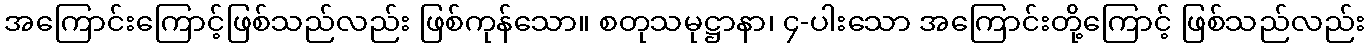
အကြောင်းကြောင့်ဖြစ်သည်လည်း ဖြစ်ကုန်သော။ စတုသမုဋ္ဌာနာ၊ ၄-ပါးသော အကြောင်းတို့ကြောင့် ဖြစ်သည်လည်း